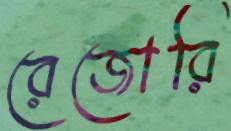
রেজোরি